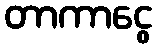
တာကာငွေ